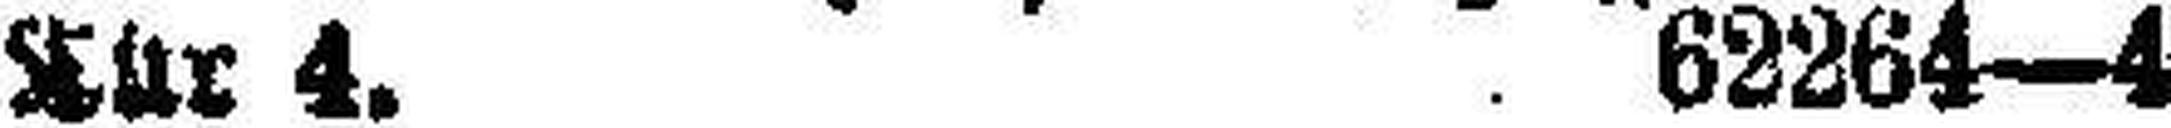
Tür 4. 62264—4